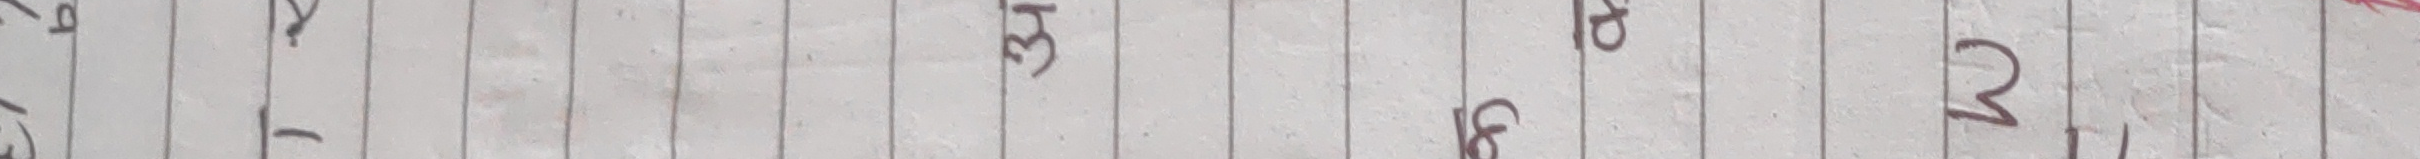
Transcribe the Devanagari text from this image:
५ ७ ३ ४ २
९ १ ८ ०